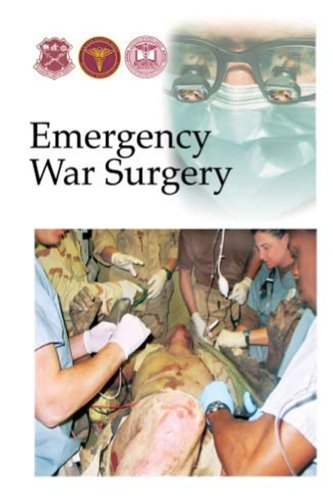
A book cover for Emergency War Surgery; Borden Institute Walter Reed Army Medical Center; Sports & Outdoors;